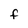
Character: f